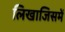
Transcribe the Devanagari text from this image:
लिखाजिसमें